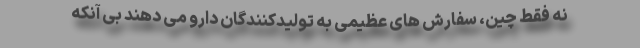
نه فقط چین، سفارش های عظیمی به تولیدکنندگان دارو می دهند بی آنکه